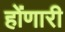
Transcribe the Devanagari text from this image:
होंणारी